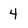
Character: 4